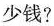
少钱?